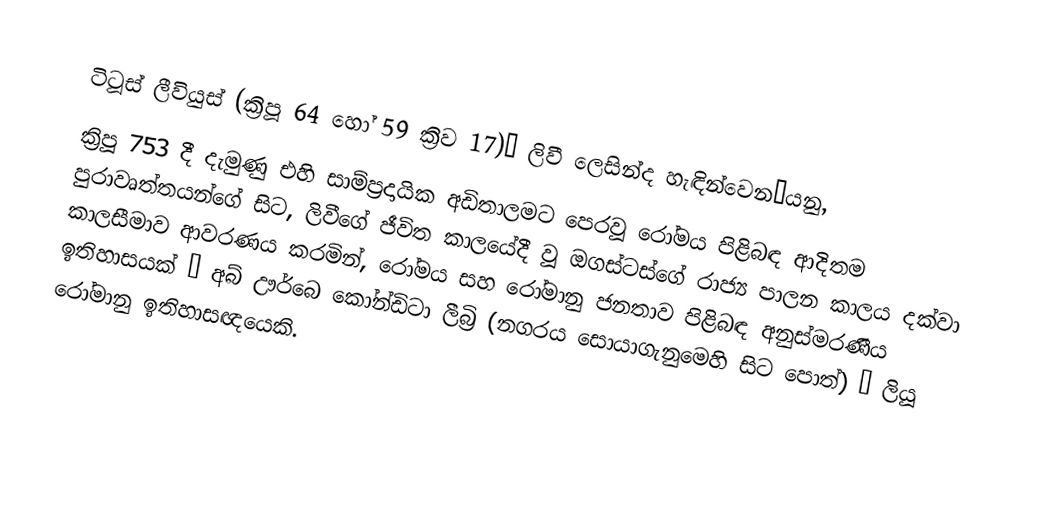
ටිටූස් ලීවියුස් (ක්‍රිපූ 64 හෝ 59 ක්‍රිව 17)— ලිවී ලෙසින්ද හැඳින්වෙන—යනු,
ක්‍රිපූ 753 දී දැමුණු එහි සාම්ප්‍රදායික අඩිතාලමට පෙරවූ රෝමය පිළිබඳ ආදිතම පුරාවෘත්තයන්ගේ  සිට, ලිවීගේ ජීවිත කාලයේදී  වූ ඔගස්ටස්ගේ රාජ්‍ය පාලන කාලය දක්වා කාලසීමාව ආවරණය කරමින්,  රෝමය සහ රෝමානු ජනතාව පිළිබඳ අනුස්මරණීය ඉතිහාසයක් –  අබ් ඌර්බෙ කෝන්ඩිටා ලීබ්‍රි (නගරය සොයාගැනුමෙහි සිට පොත්) – ලියූ  රෝමානු ඉතිහාසඥයෙකි.